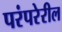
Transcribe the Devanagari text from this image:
परंपरेरील